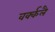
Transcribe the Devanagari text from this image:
वर्क्कलै